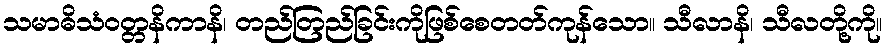
သမာဓိသံဝတ္တနိကာနိ၊ တည်တြည်ခြင်းကိုဖြစ်စေတတ်ကုန်သော။ သီလာနိ၊ သီလတို့ကို။